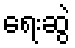
ရေးဆွဲ